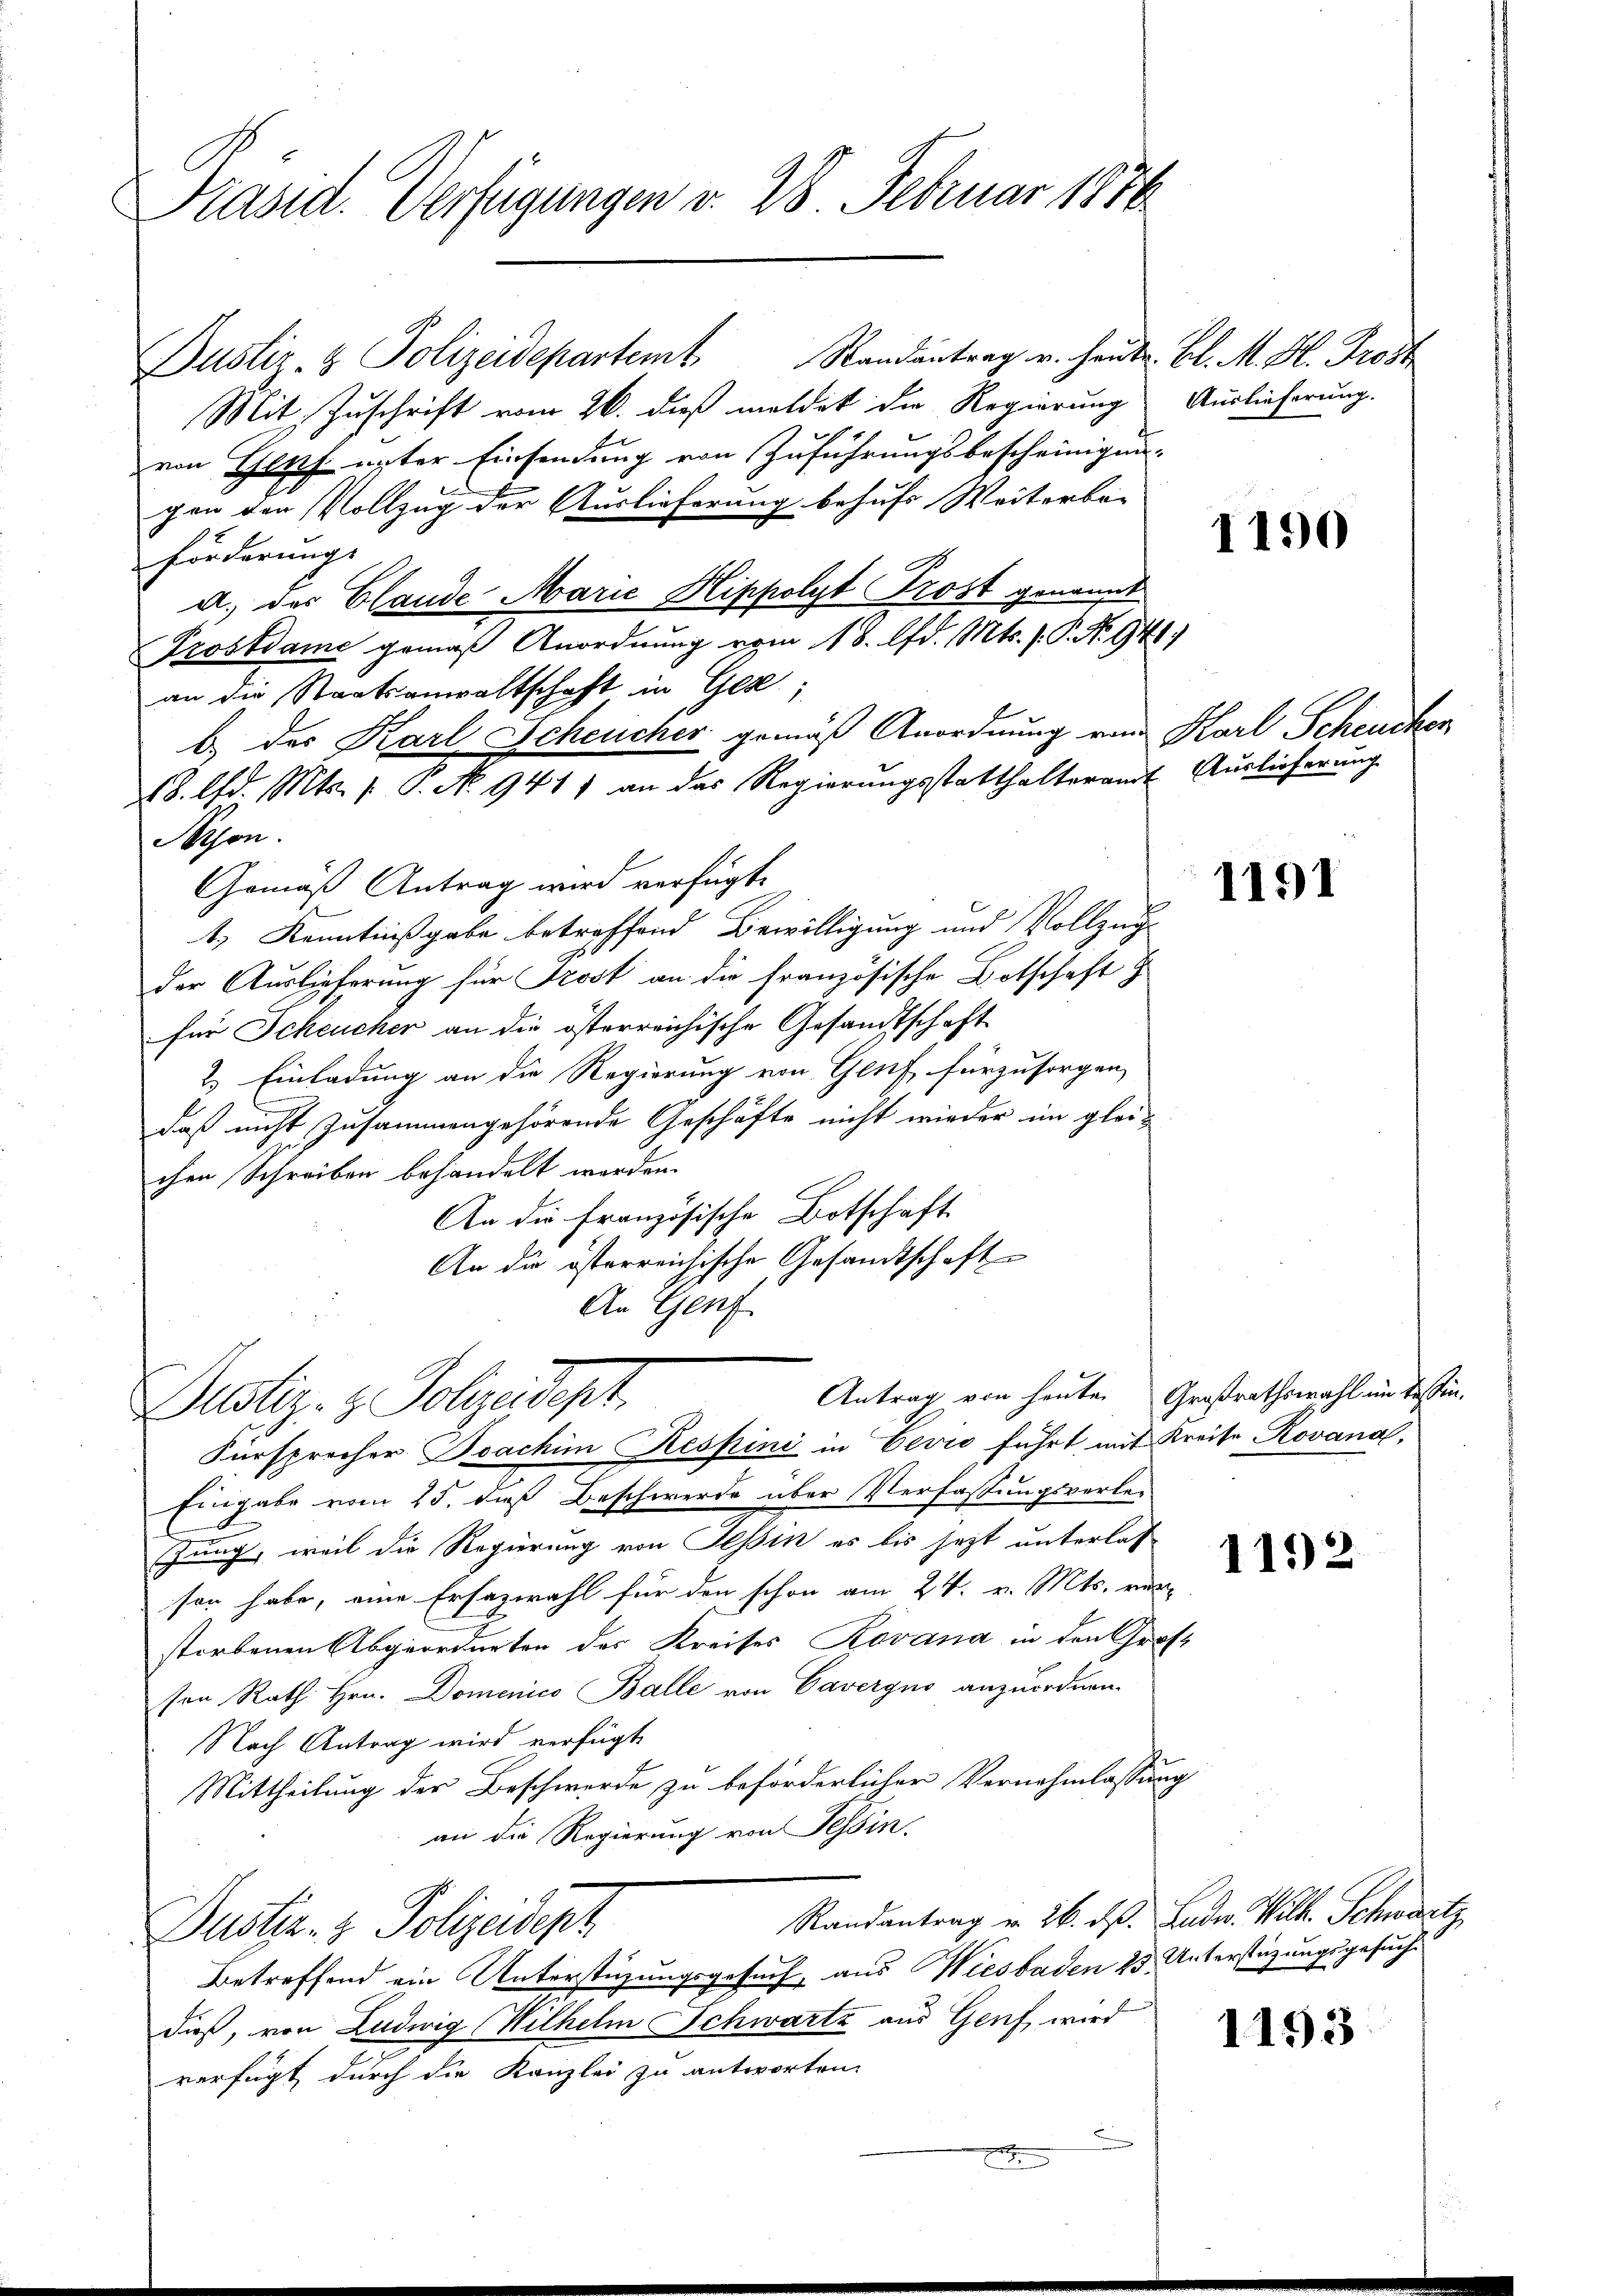
Präsid. Verfügungen v. 28. Februar 1876

Justiz- & Polizeidepartem Randantrag u. heute. Bl. M. H. Trost
Mit Zuschrift vom 26. dieß meldet die Regierung Auslieferung.
von Gluth unter Einsendung von Zuführungsbescheinigun-
gen den Vollzug der Auslieferung behufs Weiterbe-
Förderung.
a. des Claude Marić Hippolyt Trost genannt
Prostdame gemäß Anordnung vom 18. d. Mts. f. P. Nr. 941
an die Staatsanwaltschaft in Ges
b.) der Karl Scheucher gemäß Anordnung von Karl Scheucher
18. d. Mts. 1 S. No. 941) an das Regierŭngsstatthalteramt Auslieferŭng
Mason.
Gemäß Antrag wird verfügt:
1.) Kenntnißgabe betreffend Bewilligung und Vollzug
der Auslieferung für Trost an die französische Botschaft
für Scheucher an die österreichische Gesandtschaft
2.) Einladung an die Regierung von Genf fürzusorgen,
daß nicht zusammengehörende Geschäfte nicht wieder im gleichen Schreiben behandelt werden.
An die französische Botschaft
An die österreichische Gesandtschaft
An Genf.
Antrag von heute. Großrathswahl im Tessin.
Justiz- & Polizeidept.
Fürsprecher Boachim Respini in Eevio führt mit Kreise, Rovana,
Eingabe vom 25. daß Beschwerde über Verfassungsverlei-
Jung, weil die Regierung von Tessin es bis jezt unterlas
son habe, eine Ersazwahl für den schon am 24. v. Mts. ver-
storbenen Abgeordneten des Kreises Rovana in den Groß
sen Rath Hrn. Domenico Balle von Caveryno anzuordnen.
Nach Antrag wird verfügt
Mittheilung der Beschwerde zu beförderlicher Vernehmlassung
an die Regierung von Tessin.
Randantrag u. 26. ds. Ludw. Wilh. Schwartz
Justiz- & Polizeidept
Betreffend ein Unterstüzungsgesuch, aus Wiesbaden 25 Unterstüzungsgesuche
dieß, von Ludwig Wilhelm Schwartz aus Genf wird
verfügt durch die Kanzlei zu antworten.

1190

1191

1152

1193